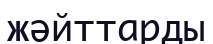
жәйттарды